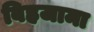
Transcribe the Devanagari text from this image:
बिहजामा